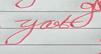
Signature authenticity: forged